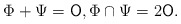
\begin{align*} \Phi + \Psi = \mathsf{O}, \Phi\cap \Psi = 2\mathsf{O}.\end{align*}